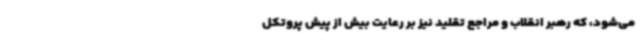
‌می‌شود، که رهبر انقلاب و مراجع تقلید نیز بر رعایت بیش از پیش پروتکل